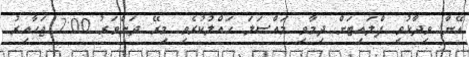
އޭނާ ވިދާޅުވީ ފްލައިޓަށް ދިމާވި މައްސަލަ ހައްލުކުރެވި މިރޭ ދަންވަރު 2:00 ޖަހާއިރު